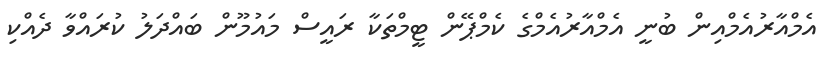
އެމްއާރުއެމްއިން ބުނީ އެމްއާރުއެމްގެ ކެމްޕޭން ޓީމްތަކާ ރައީސް މައުމޫން ބައްދަލު ކުރައްވާ ދެއްކި